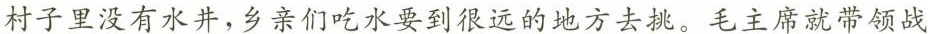
村子里没有水井，乡亲们吃水要到很远的地方去挑。毛主席就带领战